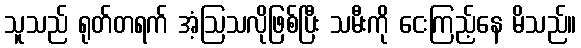
သူသည် ရုတ်တရက် အံ့ဩသလိုဖြစ်ပြီး သမီးကို ငေးကြည့်နေ မိသည်။